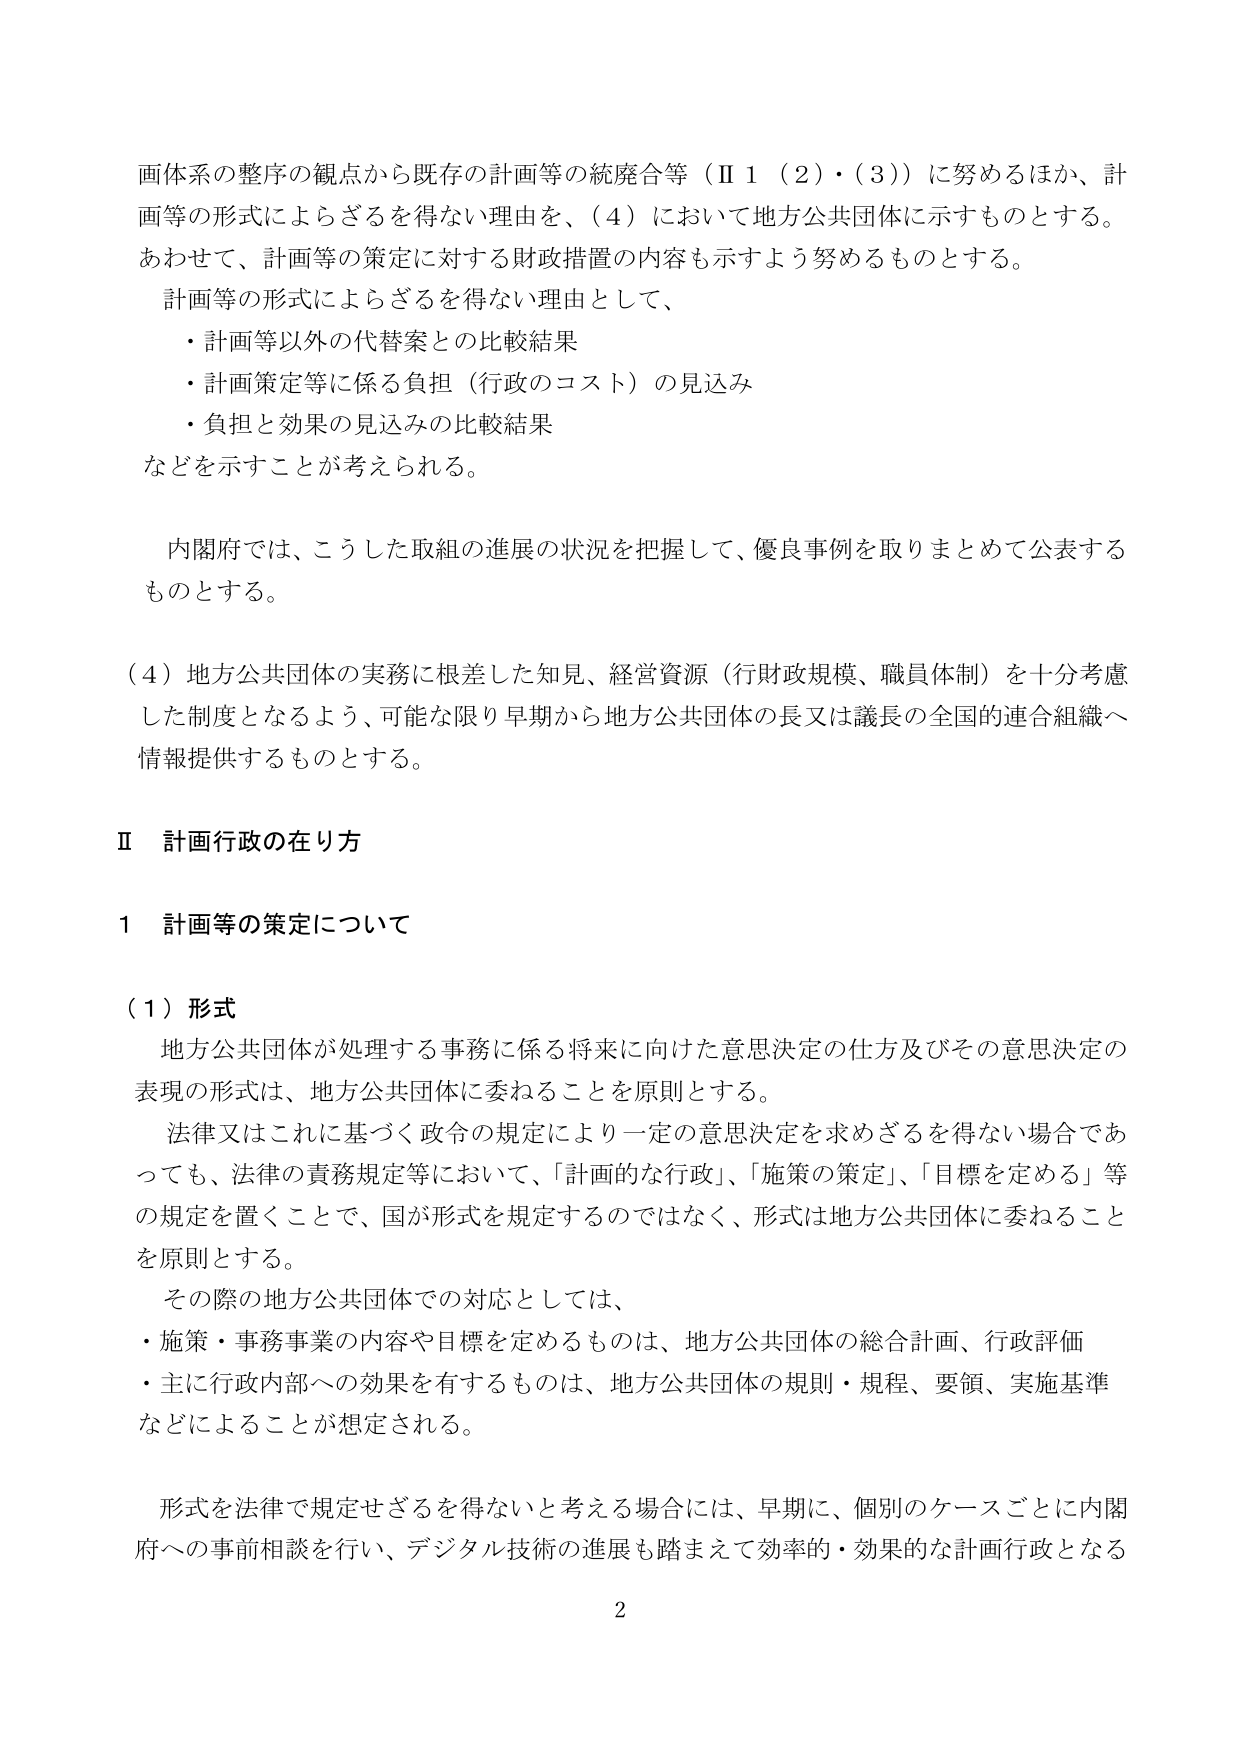
画体系の整序の観点から既存の計画等の統廃合等（Ⅱ１（２）・（３））に努めるほか、計画等の形式によらざるを得ない理由を、（４）において地方公共団体に示すものとする。あわせて、計画等の策定に対する財政措置の内容も示すよう努めるものとする。

計画等の形式によらざるを得ない理由として、
・計画等以外の代替案との比較結果
・計画策定等に係る負担（行政のコスト）の見込み
・負担と効果の見込みの比較結果
などを示すことが考えられる。

内閣府では、こうした取組の進展の状況を把握して、優良事例を取りまとめて公表するものとする。

（４）地方公共団体の実務に根差した知見、経営資源（行財政規模、職員体制）を十分考慮した制度となるよう、可能な限り早期から地方公共団体の長又は議長の全国的連合組織へ情報提供するものとする。

Ⅱ 計画行政の在り方

１ 計画等の策定について

（１）形式
地方公共団体が処理する事務に係る将来に向けた意思決定の仕方及びその意思決定の表現の形式は、地方公共団体に委ねることを原則とする。
法律又はこれに基づく政令の規定により一定の意思決定を求めざるを得ない場合であっても、法律の責務規定等において、「計画的な行政」、「施策の策定」、「目標を定める」等の規定を置くことで、国が形式を規定するのではなく、形式は地方公共団体に委ねることを原則とする。
その際の地方公共団体での対応としては、
・施策・事務事業の内容や目標を定めるものは、地方公共団体の総合計画、行政評価
・主に行政内部への効果を有するものは、地方公共団体の規則・規程、要領、実施基準などによることが想定される。

形式を法律で規定せざるを得ないと考える場合には、早期に、個別のケースごとに内閣府への事前相談を行い、デジタル技術の進展も踏まえて効率的・効果的な計画行政となる

2